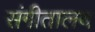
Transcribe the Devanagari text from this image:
संगीतालय